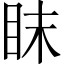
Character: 眜